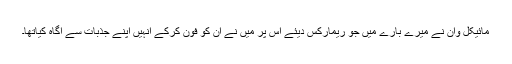
مائیکل وان نے میرے بارے میں جو ریمارکس دیئے اس پر میں نے ان کو فون کرکے انہیں اپنے جذبات سے آگاہ کیاتھا۔